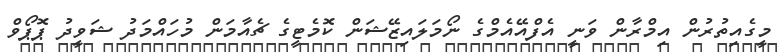
މީގެއިތުރުން އިމްރާން ވަނީ އެފްއޭއެމްގެ ނޯމަލައިޒޭޝަން ކޮމެޓީގެ ޗެއާމަން މުހައްމަދު ޝަވީދު ޕޮޕޯވް